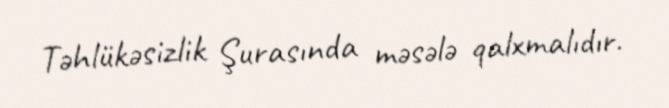
Təhlükəsizlik Şurasında məsələ qalxmalıdır.